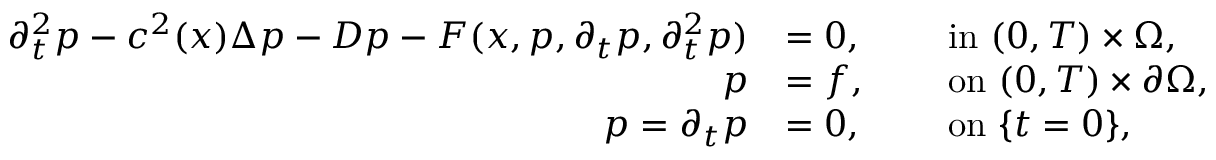
\begin{array} { r l r l } { \partial _ { t } ^ { 2 } p - c ^ { 2 } ( x ) \Delta p - D p - F ( x , p , \partial _ { t } p , \partial _ { t } ^ { 2 } p ) } & { = 0 , } & { \ } & { \mathrm { i n ~ } ( 0 , T ) \times \Omega , } \\ { p } & { = f , } & { \ } & { \mathrm { o n ~ } ( 0 , T ) \times \partial \Omega , } \\ { p = { \partial _ { t } p } } & { = 0 , } & { \ } & { \mathrm { o n ~ } \{ t = 0 \} , } \end{array}